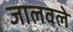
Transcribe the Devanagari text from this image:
जालवले